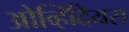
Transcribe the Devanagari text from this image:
ओव्हिदियस